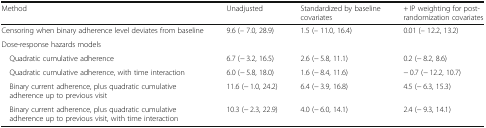
<table><thead><tr><td><b>Method</b></td><td><b>Unadjusted</b></td><td><b>Standardized by baseline covariates</b></td><td><b>+ IP weighting for post-randomization covariates</b></td></tr></thead><tbody><tr><td>Censoring when binary adherence level deviates from baseline</td><td>9.6 (– 7.0, 28.9)</td><td>1.5 (– 11.0, 16.4)</td><td>0.01 (– 12.2, 13.2)</td></tr><tr><td colspan="4">Dose-response hazards models</td></tr><tr><td> Quadratic cumulative adherence</td><td>6.7 (− 3.2, 16.5)</td><td>2.6 (− 5.8, 11.1)</td><td>0.2 (− 8.2, 8.6)</td></tr><tr><td> Quadratic cumulative adherence, with time interaction</td><td>6.0 (− 5.8, 18.0)</td><td>1.6 (− 8.4, 11.6)</td><td>− 0.7 (− 12.2, 10.7)</td></tr><tr><td> Binary current adherence, plus quadratic cumulative adherence up to previous visit</td><td>11.6 (− 1.0, 24.2)</td><td>6.4 (− 3.9, 16.8)</td><td>4.5 (− 6.3, 15.3)</td></tr><tr><td> Binary current adherence, plus quadratic cumulative adherence up to previous visit, with time interaction</td><td>10.3 (− 2.3, 22.9)</td><td>4.0 (− 6.0, 14.1)</td><td>2.4 (− 9.3, 14.1)</td></tr></tbody></table>